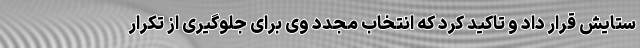
ستایش قرار داد و تاکید کرد که انتخاب مجدد وی برای جلوگیری از تکرار